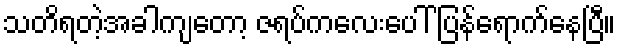
သတိရတဲ့အခါကျတော့ ဇရပ်ကလေးပေါ် ပြန်ရောက်နေပြီ။